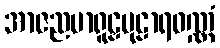
အာဇညမာရူဠှမုဠာရဝဏ္ဏံ